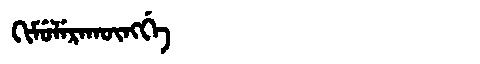
Manchu: ᡴᡳᠮᡠᠯᡝᡵᠠᡴᡡᠩᡤᡝ
Romanization: KIMULERAKŪNGGE